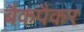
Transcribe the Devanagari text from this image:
बैकपैकर